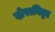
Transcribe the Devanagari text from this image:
दोराबिड्डा